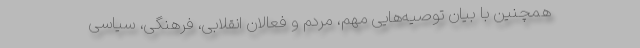
همچنین با بیان توصیه‌هایی مهم، مردم و فعالان انقلابی، فرهنگی، سیاسی